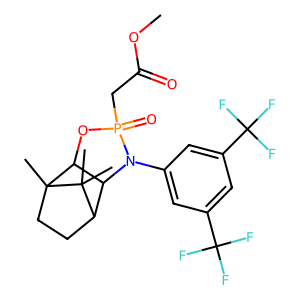
SMILES: COC(=O)CP1(=O)OC2C(C3CCC2(C)C3(C)C)N1c1cc(C(F)(F)F)cc(C(F)(F)F)c1
Inhibits HIV replication: No